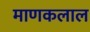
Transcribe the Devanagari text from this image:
माणकलाल